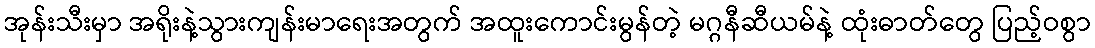
အုန်းသီးမှာ အရိုးနဲ့သွားကျန်းမာရေးအတွက် အထူးကောင်းမွန်တဲ့ မဂ္ဂနီဆီယမ်နဲ့ ထုံးဓာတ်တွေ ပြည့်ဝစွာ